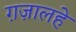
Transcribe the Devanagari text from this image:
ग़ज़ालहे